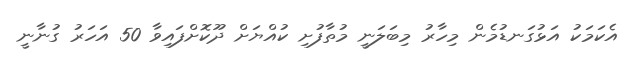
އެކަމަކު އަޅުގަނޑުމެން މިހާރު މިބަލަނީ މުތާފުށި ކުއްޔަށް ދޫކޮށްފައިވާ 50 އަހަރު ގުނާނީ